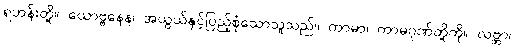
ရဟန်းတို့။ ယောဗ္ဗနေန၊ အယွယ်နှင့်ပြည့်စုံသောသူသည်။ ကာမာ၊ ကာမဂုဏ်တို့ကို။ လဗ္ဘာ၊